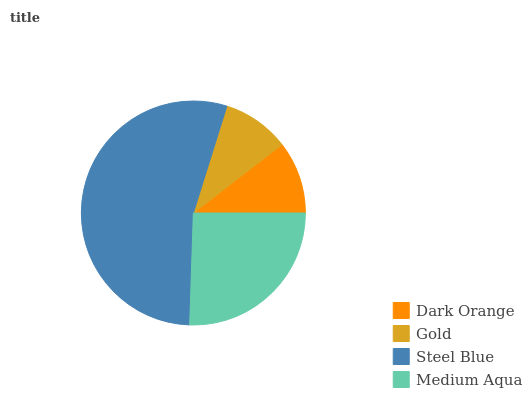
| Dark Orange | Gold | Steel Blue | Medium Aqua |
 | --- | --- | --- | --- |
 | 10.5% | 9.7% | 54.3% | 25.5% |